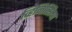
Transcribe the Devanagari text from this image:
व्हिनित्सिया